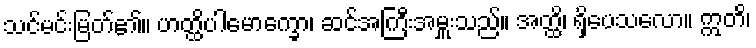
သင်မင်းမြတ်၏။ ဟတ္ထိပါမောက္ခော၊ ဆင်အကြီးအမှူးသည်။ အတ္ထိ၊ ရှိပေသလော။ ဣတိ၊